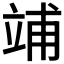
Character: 𥪀